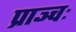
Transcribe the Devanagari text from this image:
प्राञ्चः